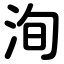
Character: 洵